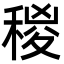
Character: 稯